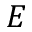
E